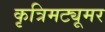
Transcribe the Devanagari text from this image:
कृत्रिमट्यूमर